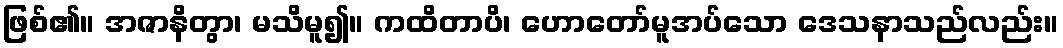
ဖြစ်၏။ အဇာနိတွာ၊ မသိမူ၍။ ကထိတာပိ၊ ဟောတော်မူအပ်သော ဒေသနာသည်လည်း။